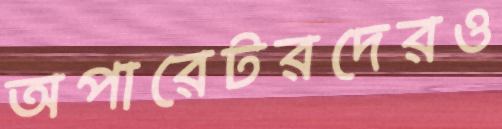
অপারেটরদেরও